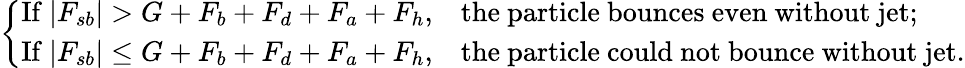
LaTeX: \left\{ \begin{array}{ll}{\mathrm{If}~|F_{sb}|>G+F_{b}+F_{d}+F_{a}+F_{h},}&{\mathrm{the~particle~bounces~even~without~jet;}}\\ {\mathrm{If}~|F_{sb}|\leq G+F_{b}+F_{d}+F_{a}+F_{h},}&{\mathrm{the~particle~could~not~bounce~without~jet.}}\end{array}\right.